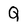
Character: Q